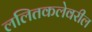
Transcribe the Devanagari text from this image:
ललितकलेवरील